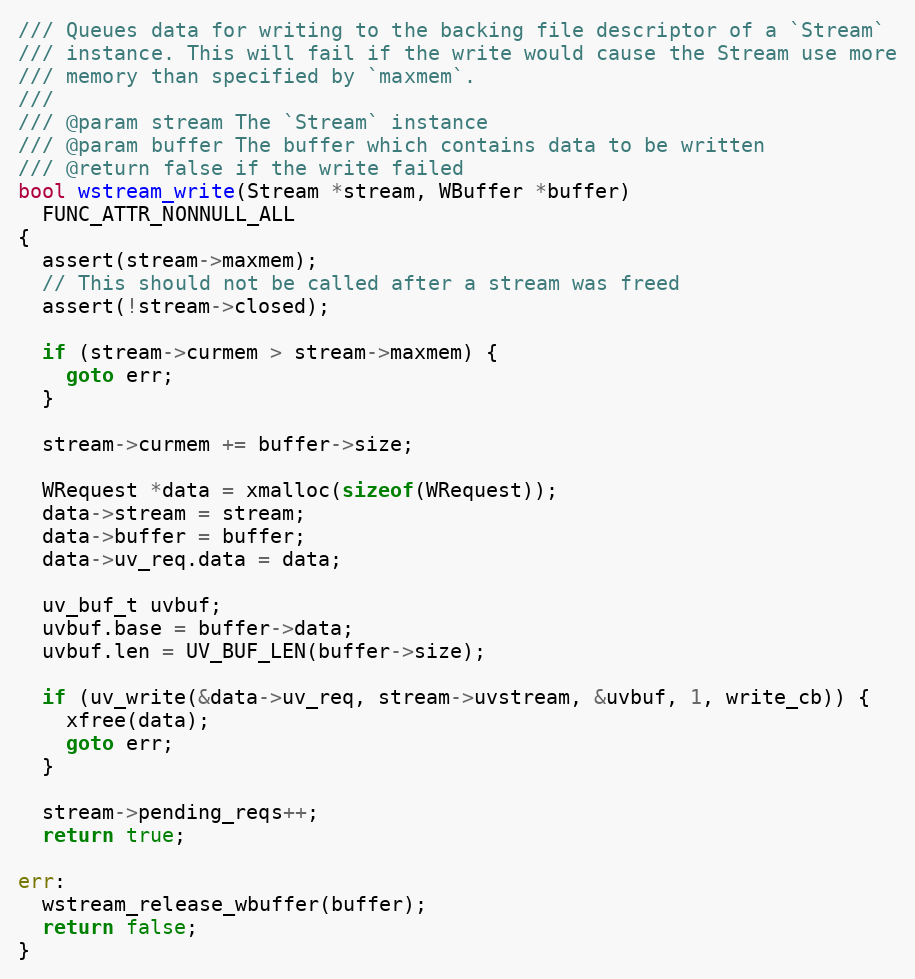
Language: C
/// Queues data for writing to the backing file descriptor of a `Stream`
/// instance. This will fail if the write would cause the Stream use more
/// memory than specified by `maxmem`.
///
/// @param stream The `Stream` instance
/// @param buffer The buffer which contains data to be written
/// @return false if the write failed
bool wstream_write(Stream *stream, WBuffer *buffer)
  FUNC_ATTR_NONNULL_ALL
{
  assert(stream->maxmem);
  // This should not be called after a stream was freed
  assert(!stream->closed);

  if (stream->curmem > stream->maxmem) {
    goto err;
  }

  stream->curmem += buffer->size;

  WRequest *data = xmalloc(sizeof(WRequest));
  data->stream = stream;
  data->buffer = buffer;
  data->uv_req.data = data;

  uv_buf_t uvbuf;
  uvbuf.base = buffer->data;
  uvbuf.len = UV_BUF_LEN(buffer->size);

  if (uv_write(&data->uv_req, stream->uvstream, &uvbuf, 1, write_cb)) {
    xfree(data);
    goto err;
  }

  stream->pending_reqs++;
  return true;

err:
  wstream_release_wbuffer(buffer);
  return false;
}